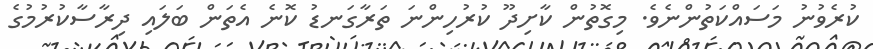
ކުރެވުނު މަސައްކަތުންނެވެ. މިގޮތުން ކާށިދޫ ކުރުހިންނަ ތަރާގަނޑު ކޮނެ އެތަން ބަލައި ދިރާސާކުރުމުގެ